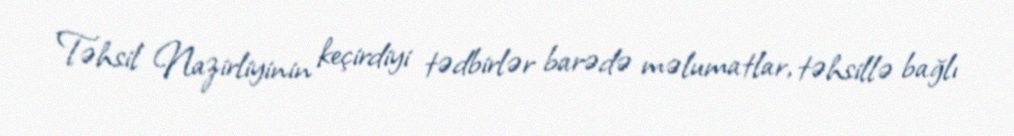
Təhsil Nazirliyinin keçirdiyi tədbirlər barədə məlumatlar, təhsillə bağlı